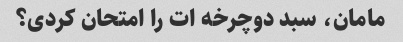
مامان، سبد دوچرخه ات را امتحان کردی؟